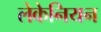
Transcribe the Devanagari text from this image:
लेकेनियन